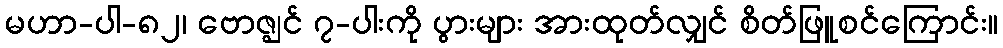
မဟာ-ပါ-၈၂၊ ဗောဇ္ဈင် ၇-ပါးကို ပွားများ အားထုတ်လျှင် စိတ်ဖြူစင်ကြောင်း။